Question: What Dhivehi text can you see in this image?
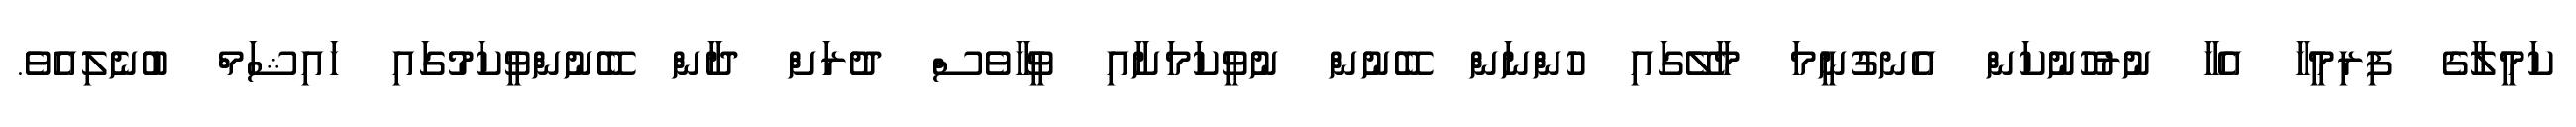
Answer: ކަމީލާގެ ފިރިމީހާ އެހާ ނުރުހުނުކަން އެނގުނީމަ މާލޭގައި ހުންނަން ބޭނުން ނުވީކަމަށާއި ވީހާވެސް ދުރަށް ދާން ބޭނުންވީކަމުގައި ހައިޝަމް ބުނެލިއެވެ.